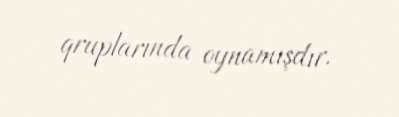
qruplarında oynamışdır.